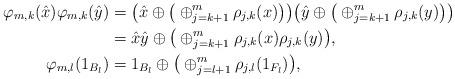
LaTeX: \begin{align*}\varphi_{m,k}(\hat{x})\varphi_{m,k}(\hat{y})&=\big(\hat{x} \oplus \big(\oplus_{j=k+1}^m \rho_{j,k}(x)\big)\big)\big(\hat{y} \oplus \big(\oplus_{j=k+1}^m \rho_{j,k}(y)\big)\big)\\&=\hat{x}\hat{y} \oplus \big(\oplus_{j=k+1}^m \rho_{j,k}(x)\rho_{j,k}(y)\big),\\ \varphi_{m,l}(1_{B_l})&=1_{B_l}\oplus \big(\oplus_{j=l+1}^m \rho_{j,l}(1_{F_l})\big), \end{align*}